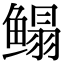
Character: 鳎